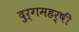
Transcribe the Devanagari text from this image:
दुर्गमहर्षी